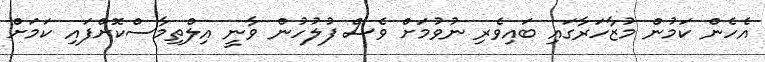
އެހެން ކަމުން މުޒާހަރާގައި ބައިވެރި ނުވުމަށް ވެސް ފުލުހުން ވާނީ އިލްތިމާސްކޮށްފައި ކަމަށް